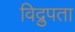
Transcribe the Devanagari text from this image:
विद्रुपता